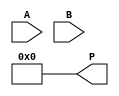
module radix4_multiplier #(parameter N = 8) (
    input [N-1:0] A,   // Multiplicand
    input [N-1:0] B,   // Multiplier
    output reg [2*N-1:0] P // Product
);

    reg [N+1:0] pp [0:(N/2)]; // Partial products
    reg [N+1:0] A_neg; // -A
    reg [N+1:0] A_neg_shifted; // -A shifted left
    reg [N+1:0] A_shifted; // A shifted left
    reg [1:0] encoded;
    integer i;

    // Negate A for later use
    always @(A) begin
        A_neg = ~A + 1;
        A_neg_shifted = ~{A, 1'b0} + 1; // -A << 1
    end

    // Partial Product Generation based on encoding of B
    always @(*) begin
        // Initialize partial products to 0
        for (i = 0; i < (N/2); i = i + 1) begin
            pp[i] = 0;
        end
        P = 0; // Reset product before adding

        for (i = 0; i < N/2; i = i + 1) begin
            // Extract 2 bits from B
            encoded = {B[2*i+1], B[2*i]};

            case(encoded)
                2'b00: pp[i] = 0; // no partial product
                2'b01: pp[i] = A; // A
                2'b10: pp[i] = A << 1; // A << 1
                2'b11: pp[i] = (A << 1) + A; // A << 1 + A
                2'b01: pp[i] = A_neg; // -A
                2'b10: pp[i] = A_neg_shifted; // -A << 1
                default: pp[i] = 0; // Ensure catch all
            endcase
        end
    end

    // Accumulate Partial Products
    always @(*) begin
        // Initialize the product to 0
        P = 0;
        for (i = 0; i < (N/2); i = i + 1) begin
            P = P + pp[i]; // Sequentially add partial products
        end
    end

endmodule